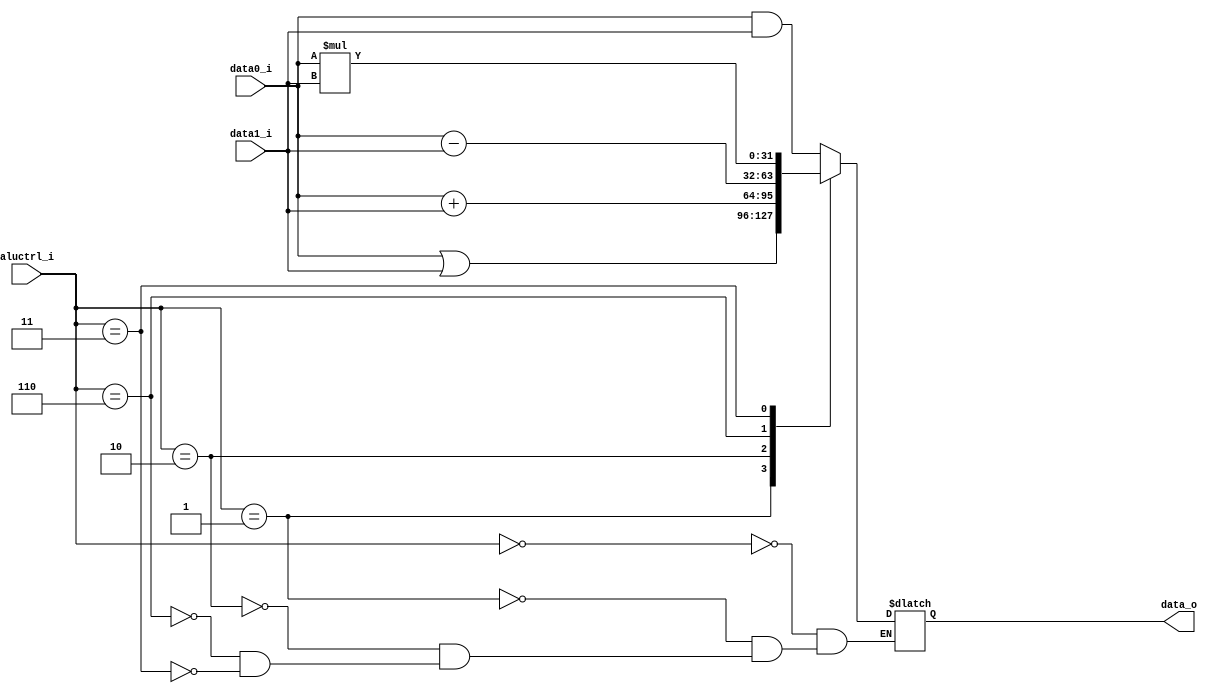
module ALU(
    data0_i,
    data1_i,
    aluctrl_i,
    data_o
);

input      [31:0] data0_i;
input	   [31:0] data1_i;
input	   [ 2:0] aluctrl_i;
output reg [31:0] data_o;

always@(*)
begin
    case (aluctrl_i)
        3'b000:  data_o = data0_i & data1_i; // and
        3'b001:  data_o = data0_i | data1_i; // or
        3'b010:  data_o = data0_i + data1_i; // add
        3'b110:  data_o = data0_i - data1_i; // sub
        3'b011:  data_o = data0_i * data1_i; // mul
    endcase
end

endmodule